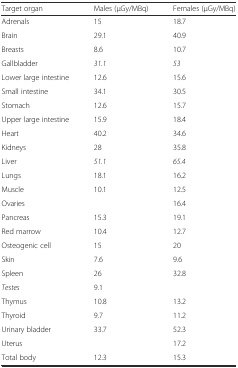
| Target organ | Males (μGy/MBq) | Females (μGy/MBq) |
 | --- | --- | --- |
 | Adrenals | 15 | 18.7 |
 | Brain | 29.1 | 40.9 |
 | Breasts | 8.6 | 10.7 |
 | Gallbladder | 31.1 | 53 |
 | Lower large intestine | 12.6 | 15.6 |
 | Small intestine | 34.1 | 30.5 |
 | Stomach | 12.6 | 15.7 |
 | Upper large intestine | 15.9 | 18.4 |
 | Heart | 40.2 | 34.6 |
 | Kidneys | 28 | 35.8 |
 | Liver | 51.1 | 65.4 |
 | Lungs | 18.1 | 16.2 |
 | Muscle | 10.1 | 12.5 |
 | Ovaries |  | 16.4 |
 | Pancreas | 15.3 | 19.1 |
 | Red marrow | 10.4 | 12.7 |
 | Osteogenic cell | 15 | 20 |
 | Skin | 7.6 | 9.6 |
 | Spleen | 26 | 32.8 |
 | Testes | 9.1 |  |
 | Thymus | 10.8 | 13.2 |
 | Thyroid | 9.7 | 11.2 |
 | Urinary bladder | 33.7 | 52.3 |
 | Uterus |  | 17.2 |
 | Total body | 12.3 | 15.3 |